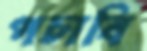
পচাবি